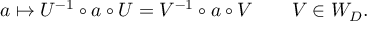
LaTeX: a \mapsto U ^ { - 1 } \circ a \circ U = V ^ { - 1 } \circ a \circ V \qquad V \in W _ { D } .